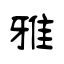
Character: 雅